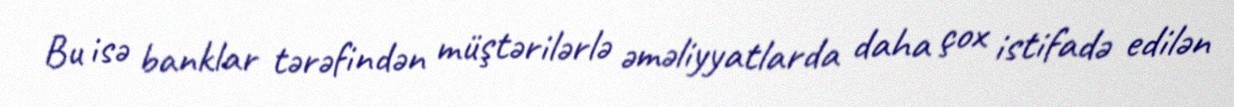
Bu isə banklar tərəfindən müştərilərlə əməliyyatlarda daha çox istifadə edilən